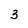
Character: 3